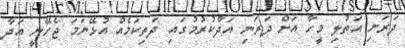
ދަރަނި އަތުލި މީހާ އަށް ދަރަނި އަދާކުރުމުގައި ދަތިކަމެއް އުޅޭނަމަ ޖެހޭނީ އަދާ